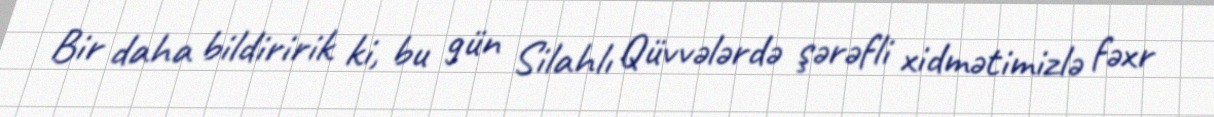
Bir daha bildiririk ki, bu gün Silahlı Qüvvələrdə şərəfli xidmətimizlə fəxr